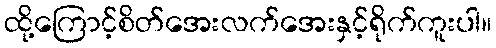
ထို့ကြောင့်စိတ်အေးလက်အေးနှင့်ရိုက်ကူးပါ။